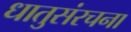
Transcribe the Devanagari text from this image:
धातुसंरचना